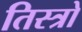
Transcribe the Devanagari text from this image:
तिस्त्रो